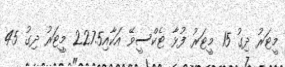
މީޓަރު ދިގު 15 މީޓަރު ފުޅާ ޓެކްސީވޭ އަކާއި227.5 މީޓަރު ދިގު 45